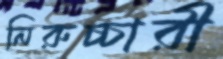
নিরুচ্চারী